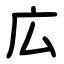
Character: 広